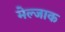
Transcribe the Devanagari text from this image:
मेल्जाक